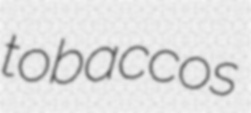
tobaccos